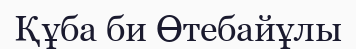
Құба би Өтебайұлы